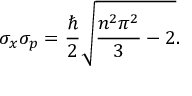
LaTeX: \sigma _ { x } \sigma _ { p } = { \frac { \hbar } { 2 } } { \sqrt { { \frac { n ^ { 2 } \pi ^ { 2 } } { 3 } } - 2 } } .